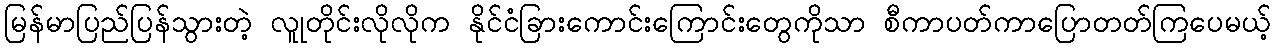
မြန်မာပြည်ပြန်သွားတဲ့ လူုတိုင်းလိုလိုက နိုင်ငံခြားကောင်းကြောင်းတွေကိုသာ စီကာပတ်ကာပြောတတ်ကြပေမယ့်